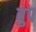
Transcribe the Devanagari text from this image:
बुप